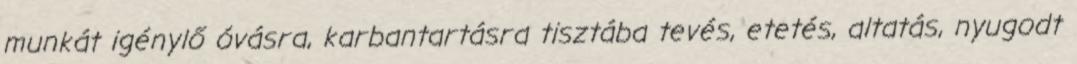
munkát igénylő óvásra, karbantartásra tisztába tevés, etetés, altatás, nyugodt